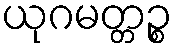
ယုဂမတ္တဉ္စ